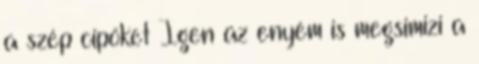
a szép cipöket Igen az enyém is megsimizi a